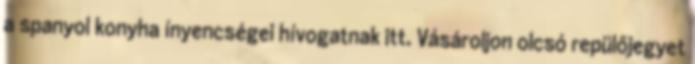
a spanyol konyha ínyencségei hívogatnak itt. Vásároljon olcsó repülőjegyet